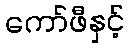
ကော်ဖီနှင့်